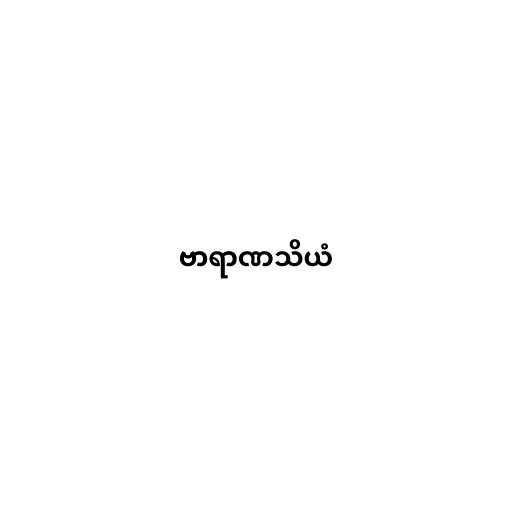
ဗာရာဏသိယံ